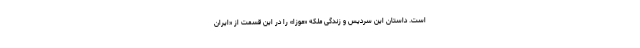
است. داستان این سردیس و زندگی ملکه «موزا» را در این قسمت از «ایران